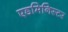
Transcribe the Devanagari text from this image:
एडमिनिस्टर